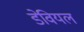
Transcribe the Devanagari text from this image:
डेवियल